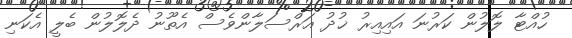
ހުއްޓާ ލޮލުން ކަރުނަ އައިއިރު ޚުދު އަރްސަލާންވެސް އެތޫނު ދެލޮލުން ބެލީ އެކަނި